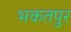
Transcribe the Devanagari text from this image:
भकतपुर